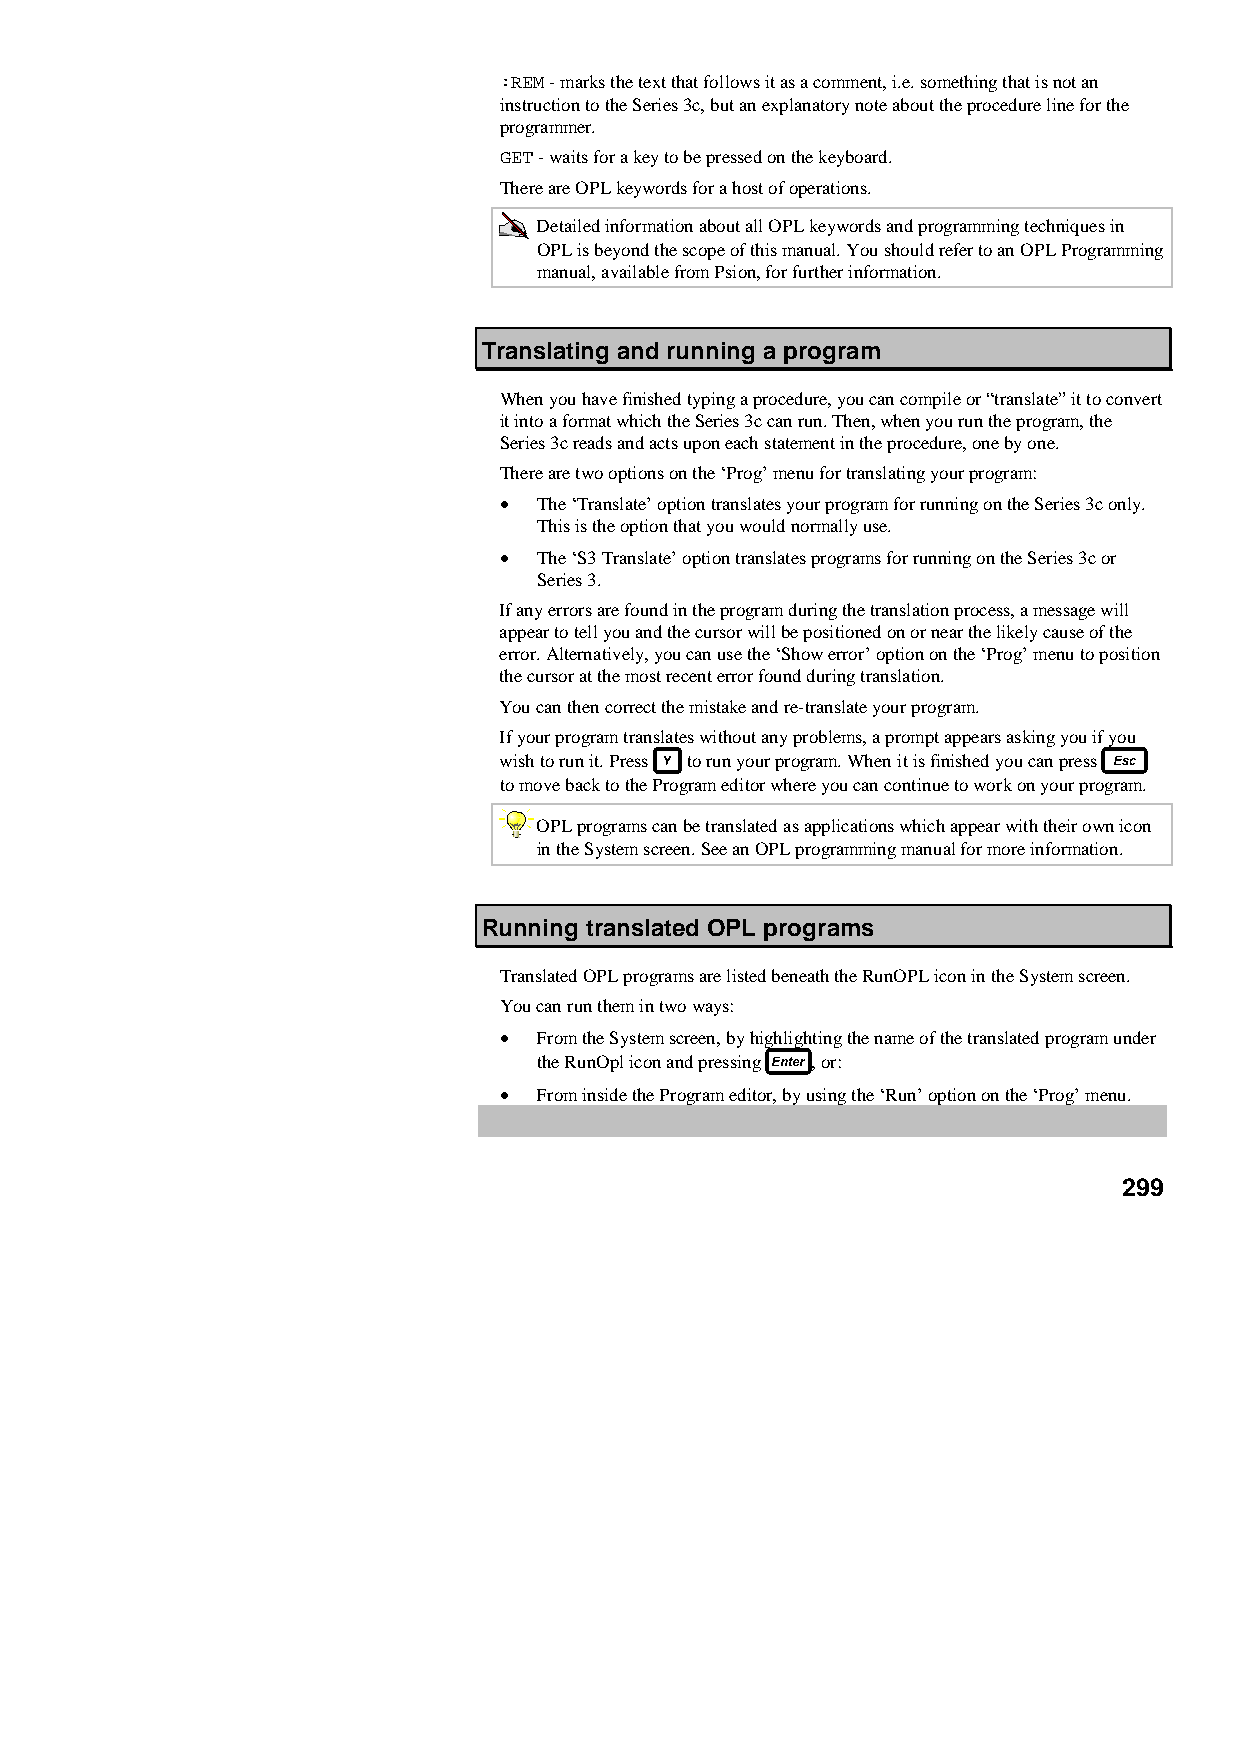
:REM - marks the text that follows it as a comment, i.e. something that is not an
 instruction to the Series 3c, but an explanatory note about the procedure line for the
 programmer.
 GET - waits for a key to be pressed on the keyboard.
 There are OPL keywords for a host of operations.
 Detailed information about all OPL keywords and programming techniques in
 OPL is beyond the scope of this manual. You should refer to an OPL Programming
 manual, available from Psion, for further information.
 Translating and running a program
 When you have finished typing a procedure, you can compile or “translate” it to convert
 it into a format which the Series 3c can run. Then, when you run the program, the
 Series 3c reads and acts upon each statement in the procedure, one by one.
 There are two options on the ‘Prog’ menu for translating your program:
 •  The ‘Translate’ option translates your program for running on the Series 3c only.
 This is the option that you would normally use.
 •  The ‘S3 Translate’ option translates programs for running on the Series 3c or
 Series 3.
 If any errors are found in the program during the translation process, a message will
 appear to tell you and the cursor will be positioned on or near the likely cause of the
 error. Alternatively, you can use the ‘Show error’ option on the ‘Prog’ menu to position
 the cursor at the most recent error found during translation.
 You can then correct the mistake and re-translate your program.
 If your program translates without any problems, a prompt appears asking you if you
 wish to run it. Press to run your program. When it is finished you can press
 to move back to the Program editor where you can continue to work on your program.
 OPL programs can be translated as applications which appear with their own icon
 in the System screen. See an OPL programming manual for more information.
 Running translated OPL programs
 Translated OPL programs are listed beneath the RunOPL icon in the System screen.
 You can run them in two ways:
 •  From the System screen, by highlighting the name of the translated program under
 the RunOpl icon and pressing , or:
 •  From inside the Program editor, by using the ‘Run’ option on the ‘Prog’ menu.
 299